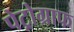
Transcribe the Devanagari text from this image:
पेट्रोग्राफ